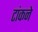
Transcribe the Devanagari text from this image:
टांकने